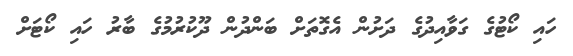
ހައި ކޯޓުގެ ގަވާއިދުގެ ދަށުން އެގޮތަށް ބަންދުން ދޫކުރުމުގެ ބާރު ހައި ކޯޓަށް